Civil Veterinary Department. Madras. Admin. report 1910-25 - 1910-1925
Year: 1910
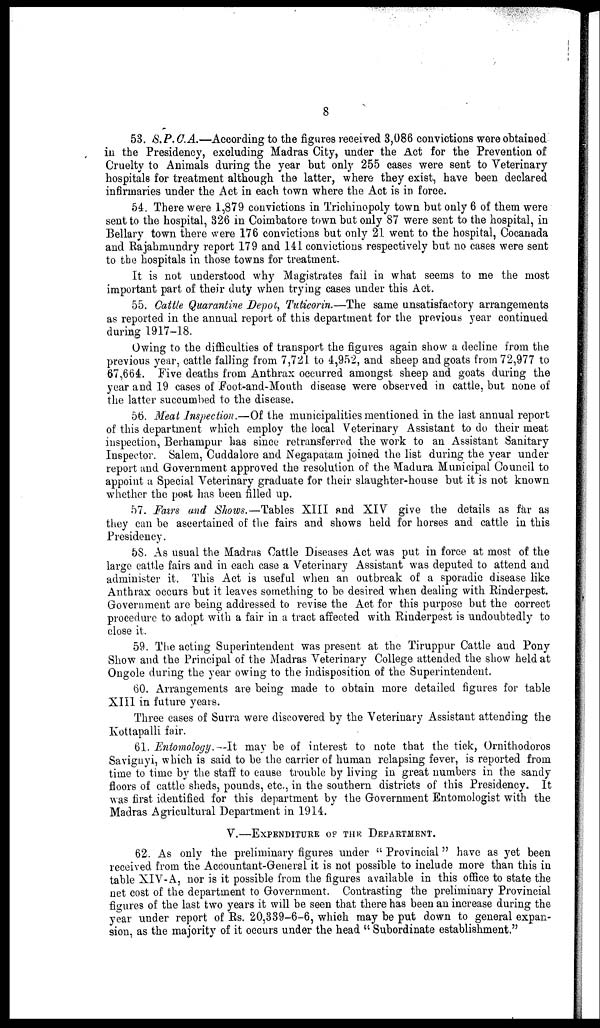
8
53. S.P.C.A.—According to the figures received 3,086 convictions were obtained
in the Presidency, excluding Madras City, under the Act for the Prevention of
Cruelty to Animals during the year but only 255 cases were sent to Veterinary
hospitals for treatment although the latter, where they exist, have been declared
infirmaries under the Act in each town where the Act is in force.
54. There were 1,879 convictions in Trichinopoly town but only 6 of them were
sent to the hospital, 326 in Coimbatore town but only 87 were sent to the hospital, in
Bellary town there were 176 convictions but only 21 went to the hospital, Cocanada
and Rajahmundry report 179 and 141 convictions respectively but no cases were sent
to the hospitals in those towns for treatment.
It is not understood why Magistrates fail in what seems to me the most
important part of their duty when trying cases under this Act.
55. Cattle Quarantine Depot, Tuticorin.—The same unsatisfactory arrangements
as reported in the annual report of this department for the previous year continued
during 1917-18.
Owing to the difficulties of transport the figures again show a decline from the
previous year, cattle falling from 7,721 to 4,952, and sheep and goats from 72,977 to
67,664. Five deaths from Anthrax occurred amongst sheep and goats during the
year and 19 cases of Foot-and-Mouth disease were observed in cattle, but none of
the latter succumbed to the disease.
56. Meat Inspection.—Of the municipalities mentioned in the last annual report
of this department which employ the local Veterinary Assistant to do their meat
inspection, Berhampur has since retransferred the work to an Assistant Sanitary
Inspector. Salem, Cuddalore and Negaparam. joined the list during the year under
report and Government approved the resolution of the Madura Municipal Council to
appoint a Special Veterinary graduate for their slaughter-house but it is not known
whether the post has been filled up.
57. Fairs and Shows.—Tables XIII and XIV give the details as far as
they can be ascertained of the fairs and shows held for horses and cattle in this
Presidency.
58. As usual the Madras Cattle Diseases Act was put in force at most of the
large cattle fairs and in each case a Veterinary Assistant was deputed to attend and
administer it. This Act is useful when an outbreak of a sporadic disease like
Anthrax occurs but it leaves something to be desired when dealing with Rinderpest.
Government are being addressed to revise the Act for this purpose but the correct
procedure to adopt with a fair in a tract affected with Rinderpest is undoubtedly to
close it.
59. The acting Superintendent was present at the Tiruppur Cattle and Pony
Show and the Principal of the Madras Veterinary College attended the show held at
Ongole during the year owing to the indisposition of the Superintendent.
60. Arrangements are being made to obtain more detailed figures for table
XIII in future years.
Three cases of Surra were discovered by the Veterinary Assistant attending the
Kottapalli fair.
61. Entomology.—It may be of interest to note that the tick, Ornithodoros
Savignyi, which is said to be the carrier of human relapsing fever, is reported from
time to time by the staff to cause trouble by living in great numbers in the sandy
floors of cattle sheds, pounds, etc., in the southern districts of this Presidency. It
was first identified for this department by the Government Entomologist with the
Madras Agricultural Department in 1914.
V.—EXPENDITURE OF THE DEPARTMENT.
62. As only the preliminary figures under "Provincial" have as yet been
received from the Accountant-General it is not possible to include more than this in
table XIV-A, nor is it possible from the figures available in this office to state the
net cost of the department to Government. Contrasting the preliminary Provincial
figures of the last two years it will be seen that there has been an increase during the
year under report of Rs. 20,339-6-6, which may be put down to general expan-
sion, as the majority of it occurs under the head "Subordinate establishment."